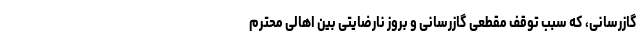
گازرسانی، که سبب توقف مقطعی گازرسانی و بروز نارضایتی بین اهالی محترم